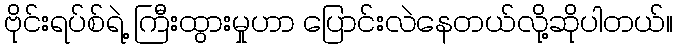
ဗိုင်းရပ်စ်ရဲ့ ကြီးထွားမှုဟာ ပြောင်းလဲနေတယ်လို့ဆိုပါတယ်။